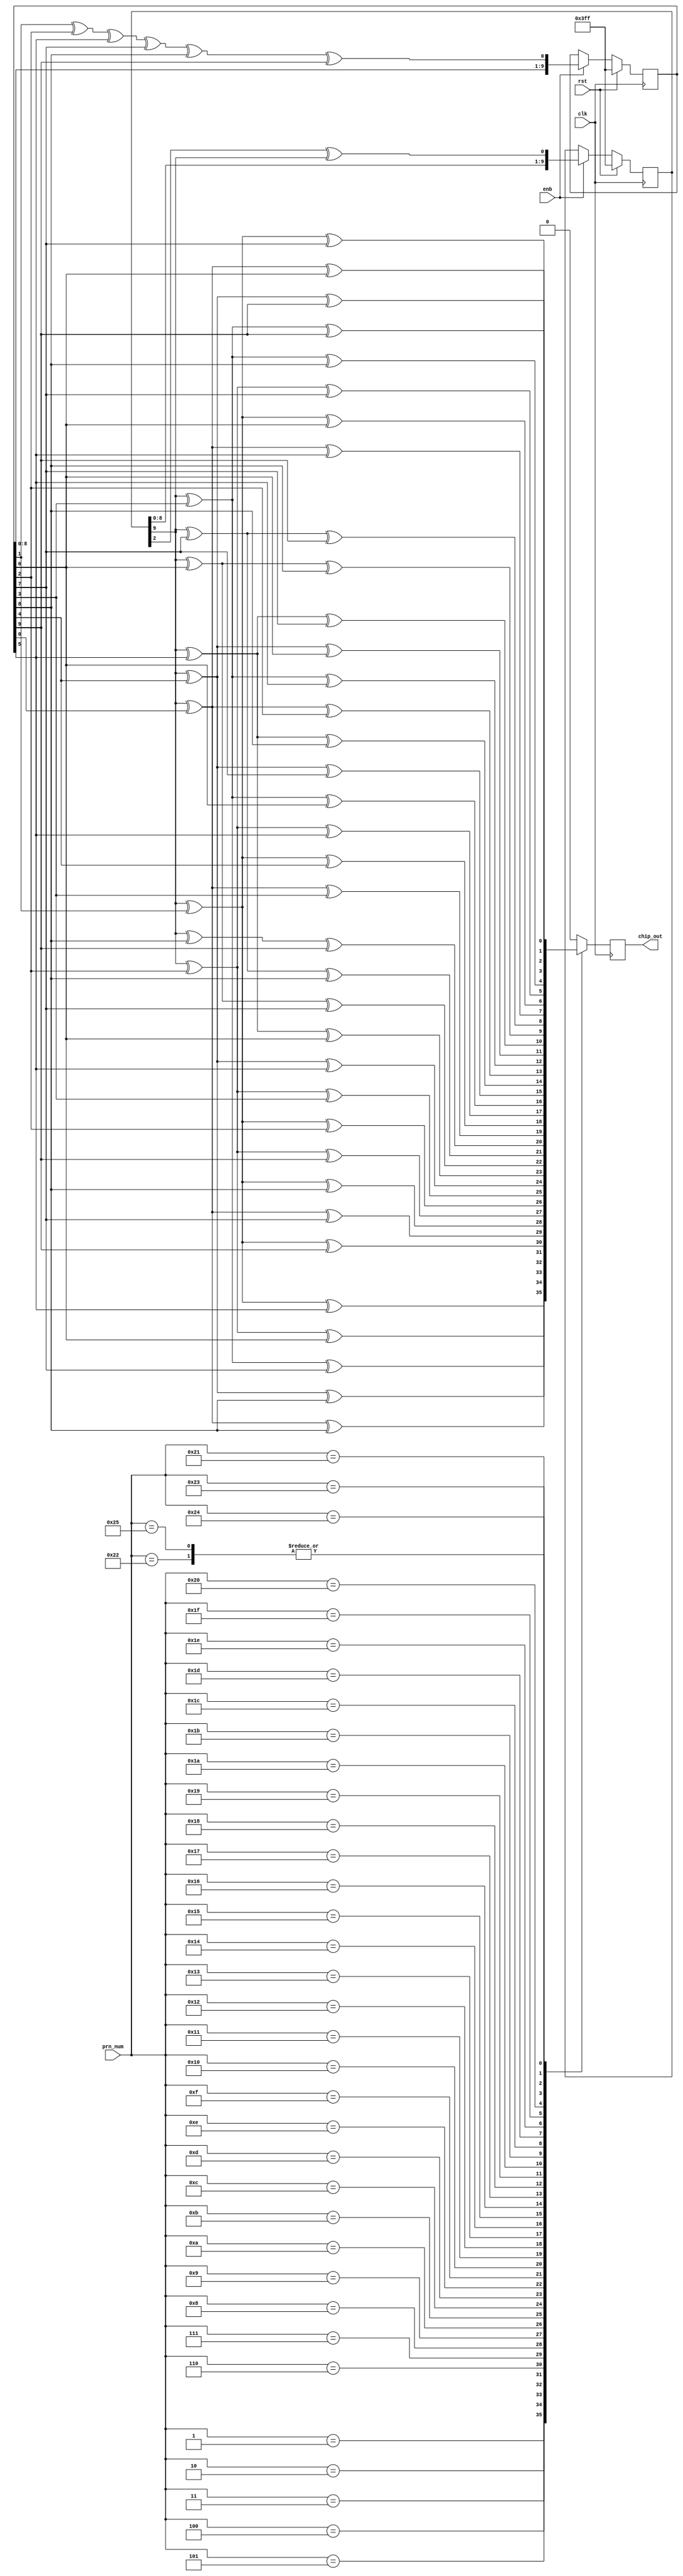
//
// Copyright (C) 2018 Massachusetts Institute of Technology
//

//////////////////////////////////////////////////////////////////////////////////
// Description:    Generate 1023 chip sequence for SV PRN number prn_num.
//                 First chip on chip_out after reset.
//                 Asserting enb will advance to next chip.
//
//////////////////////////////////////////////////////////////////////////////////


module cacode(
           input clk,
           input rst,
           input [5:0] prn_num,
           input enb,
           output reg chip_out
       );

reg [10:1] g1, g2;
reg chip;


always @ (posedge clk)
    if (rst)
        begin
            g1 <= 10'b1111111111;
            g2 <= 10'b1111111111;
        end
    else
        if (enb)
            begin
                g1[10:1] <= {g1[9:1], g1[3] ^ g1[10]};
                g2[10:1] <= {g2[9:1], g2[2] ^ g2[3] ^ g2[6] ^ g2[8] ^ g2[9] ^ g2[10]};
            end


always @(*)
    begin
        case (prn_num)
            6'd1 :
                chip <= g1[10] ^ g2[2] ^ g2[6];
            6'd2 :
                chip <= g1[10] ^ g2[3] ^ g2[7];
            6'd3 :
                chip <= g1[10] ^ g2[4] ^ g2[8];
            6'd4 :
                chip <= g1[10] ^ g2[5] ^ g2[9];
            6'd5 :
                chip <= g1[10] ^ g2[1] ^ g2[9];
            6'd6 :
                chip <= g1[10] ^ g2[2] ^ g2[10];
            6'd7 :
                chip <= g1[10] ^ g2[1] ^ g2[8];
            6'd8 :
                chip <= g1[10] ^ g2[2] ^ g2[9];
            6'd9 :
                chip <= g1[10] ^ g2[3] ^ g2[10];
            6'd10:
                chip <= g1[10] ^ g2[2] ^ g2[3];
            6'd11:
                chip <= g1[10] ^ g2[3] ^ g2[4];
            6'd12:
                chip <= g1[10] ^ g2[5] ^ g2[6];
            6'd13:
                chip <= g1[10] ^ g2[6] ^ g2[7];
            6'd14:
                chip <= g1[10] ^ g2[7] ^ g2[8];
            6'd15:
                chip <= g1[10] ^ g2[8] ^ g2[9];
            6'd16:
                chip <= g1[10] ^ g2[9] ^ g2[10];
            6'd17:
                chip <= g1[10] ^ g2[1] ^ g2[4];
            6'd18:
                chip <= g1[10] ^ g2[2] ^ g2[5];
            6'd19:
                chip <= g1[10] ^ g2[3] ^ g2[6];
            6'd20:
                chip <= g1[10] ^ g2[4] ^ g2[7];
            6'd21:
                chip <= g1[10] ^ g2[5] ^ g2[8];
            6'd22:
                chip <= g1[10] ^ g2[6] ^ g2[9];
            6'd23:
                chip <= g1[10] ^ g2[1] ^ g2[3];
            6'd24:
                chip <= g1[10] ^ g2[4] ^ g2[6];
            6'd25:
                chip <= g1[10] ^ g2[5] ^ g2[7];
            6'd26:
                chip <= g1[10] ^ g2[6] ^ g2[8];
            6'd27:
                chip <= g1[10] ^ g2[7] ^ g2[9];
            6'd28:
                chip <= g1[10] ^ g2[8] ^ g2[10];
            6'd29:
                chip <= g1[10] ^ g2[1] ^ g2[6];
            6'd30:
                chip <= g1[10] ^ g2[2] ^ g2[7];
            6'd31:
                chip <= g1[10] ^ g2[3] ^ g2[8];
            6'd32:
                chip <= g1[10] ^ g2[4] ^ g2[9];
            6'd33:
                chip <= g1[10] ^ g2[5] ^ g2[10];
            6'd34:
                chip <= g1[10] ^ g2[4] ^ g2[10];
            6'd35:
                chip <= g1[10] ^ g2[1] ^ g2[7];
            6'd36:
                chip <= g1[10] ^ g2[2] ^ g2[8];
            6'd37:
                chip <= g1[10] ^ g2[4] ^ g2[10];
            //
            default:
                chip <= 1'b0;  //invalid prn_num
        endcase
    end


// reclock for timing
always @ (posedge clk)
    chip_out <= chip;


endmodule